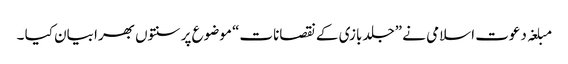
مبلغہ دعوت اسلامی نے ”جلد بازی کے نقصانات“ موضوع پر سنتوں بھرا بیان کیا ۔